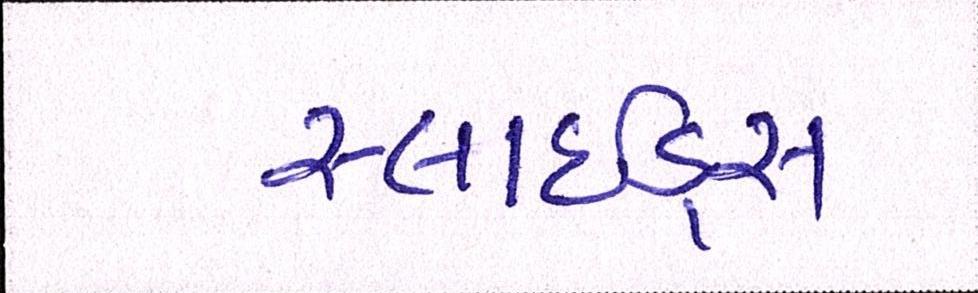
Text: સ્લાઇડ્સ